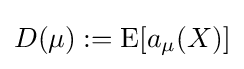
D(\mu ):=\operatorname {E} [a_{\mu }(X)]